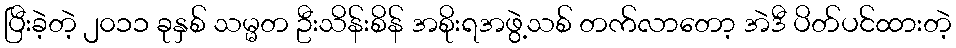
ပြီးခဲ့တဲ့ ၂၀၁၁ ခုနှစ် သမ္မတ ဦးသိန်းစိန် အစိုးရအဖွဲ့သစ် တက်လာတော့ အဲဒီ ပိတ်ပင်ထားတဲ့